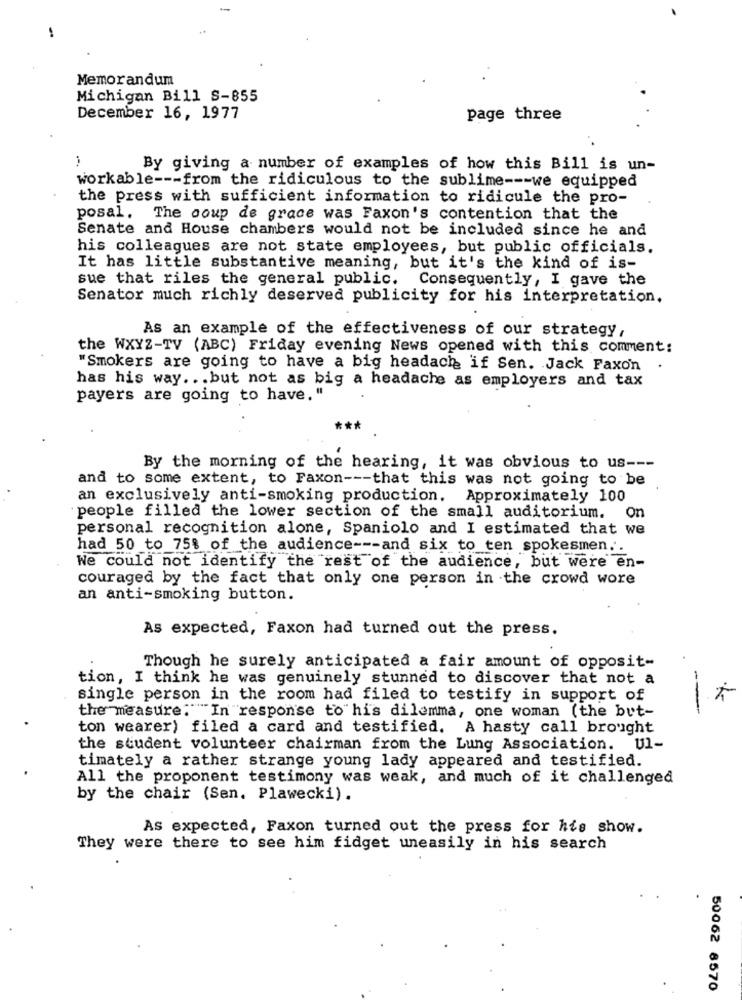
-
Memorandum
Michigan Bill S-855
December 16, 1977
page three
By giving a number of examples of how this Bill is un-
workable --- from the ridiculous to the sublime --- we equipped
the press with sufficient information to ridicule the pro-
posal. The coup de grace was Faxon's contention that the
Senate and House chambers would not be included since he and
his colleagues are not state employees, but public officials.
It has little substantive meaning, but it's the kind of is-
sue that riles the general public.
Consequently, I gave the
Senator much richly deserved publicity for his interpretation.
As an example of the effectiveness of our strategy,
the WXYZ-TV (ABC) Friday evening News opened with this comment:
"Smokers are going to have a big headach if Sen. Jack Faxon
has his way ... but not as big a headache as employers and tax
payers are going to have. "
By the morning of the hearing, it was obvious to us ---
and to some extent, to Faxon --- that this was not going to be
an exclusively anti-smoking production, Approximately 100
people filled the lower section of the small auditorium. On
personal recognition alone, Spaniolo and I estimated that we
had 50 to 758 of the audience --- and six to ten spokesmen ..
We could not identify the rest of the audience, but were en-
couraged by the fact that only one person in the crowd wore
an anti-smoking button.
As expected, Faxon had turned out the press.
Though he surely anticipated a fair amount of opposit-
tion, I think he was genuinely stunned to discover that not a
single person in the room had filed to testify in support of
---
the measure: "In response to"his dilemma, one woman (the but-
ton wearer) filed a card and testified. A hasty call brought
the student volunteer chairman from the Lung Association.
U1-
timately a rather strange young lady appeared and testified.
All the proponent testimony was weak, and much of it challenged
by the chair (Sen. Plawecki).
As expected, Faxon turned out the press for his show.
They were there to see him fidget uneasily in his search
50062 8570